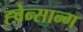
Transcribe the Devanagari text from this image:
ह्वेन्सान्ग